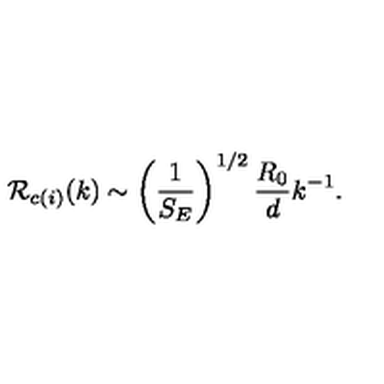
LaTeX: { \cal R } _ { c ( i ) } ( k ) \sim \left( { \frac { 1 } { S _ { E } } } \right) ^ { 1 / 2 } { \frac { R _ { 0 } } { d } } k ^ { - 1 } .